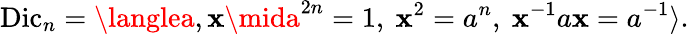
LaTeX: \operatorname{Dic}_{n}=\langlea,\mathbf{x}\mida^{2n}=1,\ \mathbf{x}^{2}=a^{n},\ \mathbf{x}^{-1}a\mathbf{x}=a^{-1}\rangle.\,